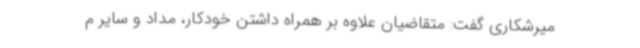
میرشکاری گفت: متقاضیان علاوه بر همراه داشتن خودکار، مداد و سایر م